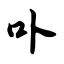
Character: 卟